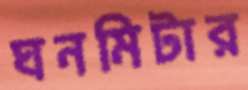
ঘনমিটার